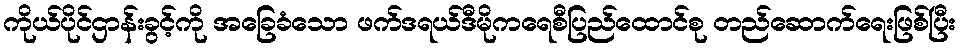
ကိုယ်ပိုင်ဌာန်းခွင့်ကို အခြေခံသော ဖက်ဒရယ်ဒီမိုကရေစီပြည်ထောင်စု တည်ဆောက်ရေးဖြစ်ပြီး